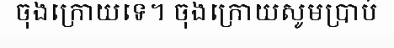
ចុងក្រោយទេ។ ចុងក្រោយសូមប្រាប់